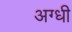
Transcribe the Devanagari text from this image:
अग्धी